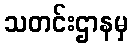
သတင်းဌာနမှ